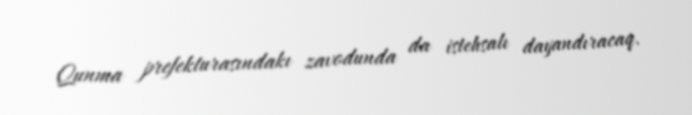
Qunma prefekturasındakı zavodunda da istehsalı dayandıracaq.